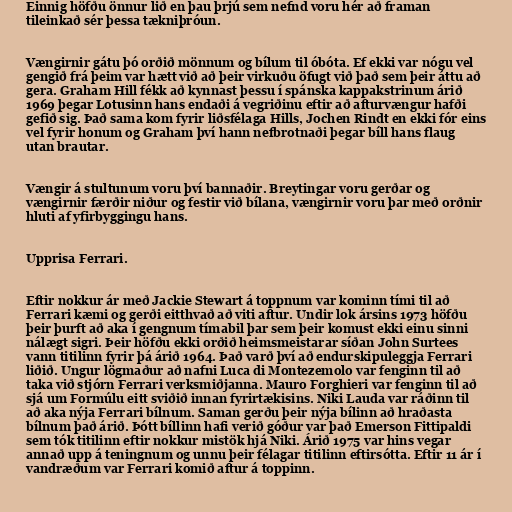
Einnig höfðu önnur lið en þau þrjú sem nefnd voru hér að framan
tileinkað sér þessa tækniþróun.

Vængirnir gátu þó orðið mönnum og bílum til óbóta. Ef ekki var nógu vel
gengið frá þeim var hætt við að þeir virkuðu öfugt við það sem þeir áttu að
gera. Graham Hill fékk að kynnast þessu í spánska kappakstrinum árið
1969 þegar Lotusinn hans endaði á vegriðinu eftir að afturvængur hafði
gefið sig. Það sama kom fyrir liðsfélaga Hills, Jochen Rindt en ekki fór eins
vel fyrir honum og Graham því hann nefbrotnaði þegar bíll hans flaug
utan brautar.

Vængir á stultunum voru því bannaðir. Breytingar voru gerðar og
vængirnir færðir niður og festir við bílana, vængirnir voru þar með orðnir
hluti af yfirbyggingu hans.

Upprisa Ferrari.

Eftir nokkur ár með Jackie Stewart á toppnum var kominn tími til að
Ferrari kæmi og gerði eitthvað að viti aftur. Undir lok ársins 1973 höfðu
þeir þurft að aka í gengnum tímabil þar sem þeir komust ekki einu sinni
nálægt sigri. Þeir höfðu ekki orðið heimsmeistarar síðan John Surtees
vann titilinn fyrir þá árið 1964. Það varð því að endurskipuleggja Ferrari
liðið. Ungur lögmaður að nafni Luca di Montezemolo var fenginn til að
taka við stjórn Ferrari verksmiðjanna. Mauro Forghieri var fenginn til að
sjá um Formúlu eitt sviðið innan fyrirtækisins. Niki Lauda var ráðinn til
að aka nýja Ferrari bílnum. Saman gerðu þeir nýja bílinn að hraðasta
bílnum það árið. Þótt bíllinn hafi verið góður var það Emerson Fittipaldi
sem tók titilinn eftir nokkur mistök hjá Niki. Árið 1975 var hins vegar
annað upp á teningnum og unnu þeir félagar titilinn eftirsótta. Eftir 11 ár í
vandræðum var Ferrari komið aftur á toppinn.